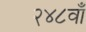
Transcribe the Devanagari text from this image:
२४८वाँ